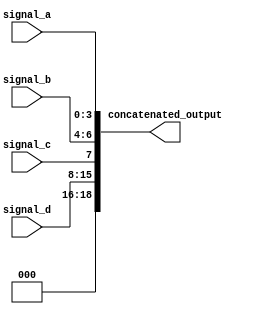
module ConcatenationExample (
    input wire [3:0] signal_a,    // 4-bit input signal
    input wire [2:0] signal_b,    // 3-bit input signal
    input wire signal_c,           // 1-bit input signal
    input wire [7:0] signal_d,    // 8-bit input signal
    output wire [18:0] concatenated_output // 18-bit output signal
);

// Continuous concatenation assignment
assign concatenated_output = {signal_d, signal_c, signal_b, signal_a};

endmodule